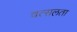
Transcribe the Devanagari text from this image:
वत्सलता